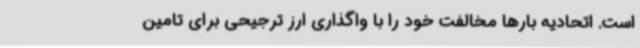
است. اتحادیه بارها مخالفت خود را با واگذاری ارز ترجیحی برای تامین